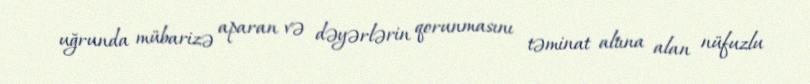
uğrunda mübarizə aparan və dəyərlərin qorunmasını təminat altına alan nüfuzlu